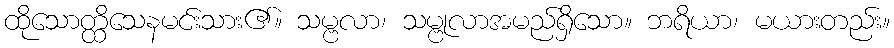
ထိုသောတ္ထိသေနမင်းသား၏။ သမ္ဗလာ၊ သမ္ဗုလာအမည်ရှိသော။ ဘရိယာ၊ မယားတည်း။